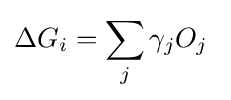
\Delta G_{i}=\sum _{j}\gamma _{j}O_{j}~